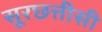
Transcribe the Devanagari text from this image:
सूरछत्तीसी